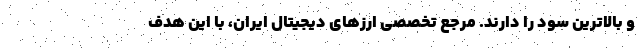
و بالاترین سود را دارند. مرجع تخصصی ارزهای دیجیتال ایران، با این هدف